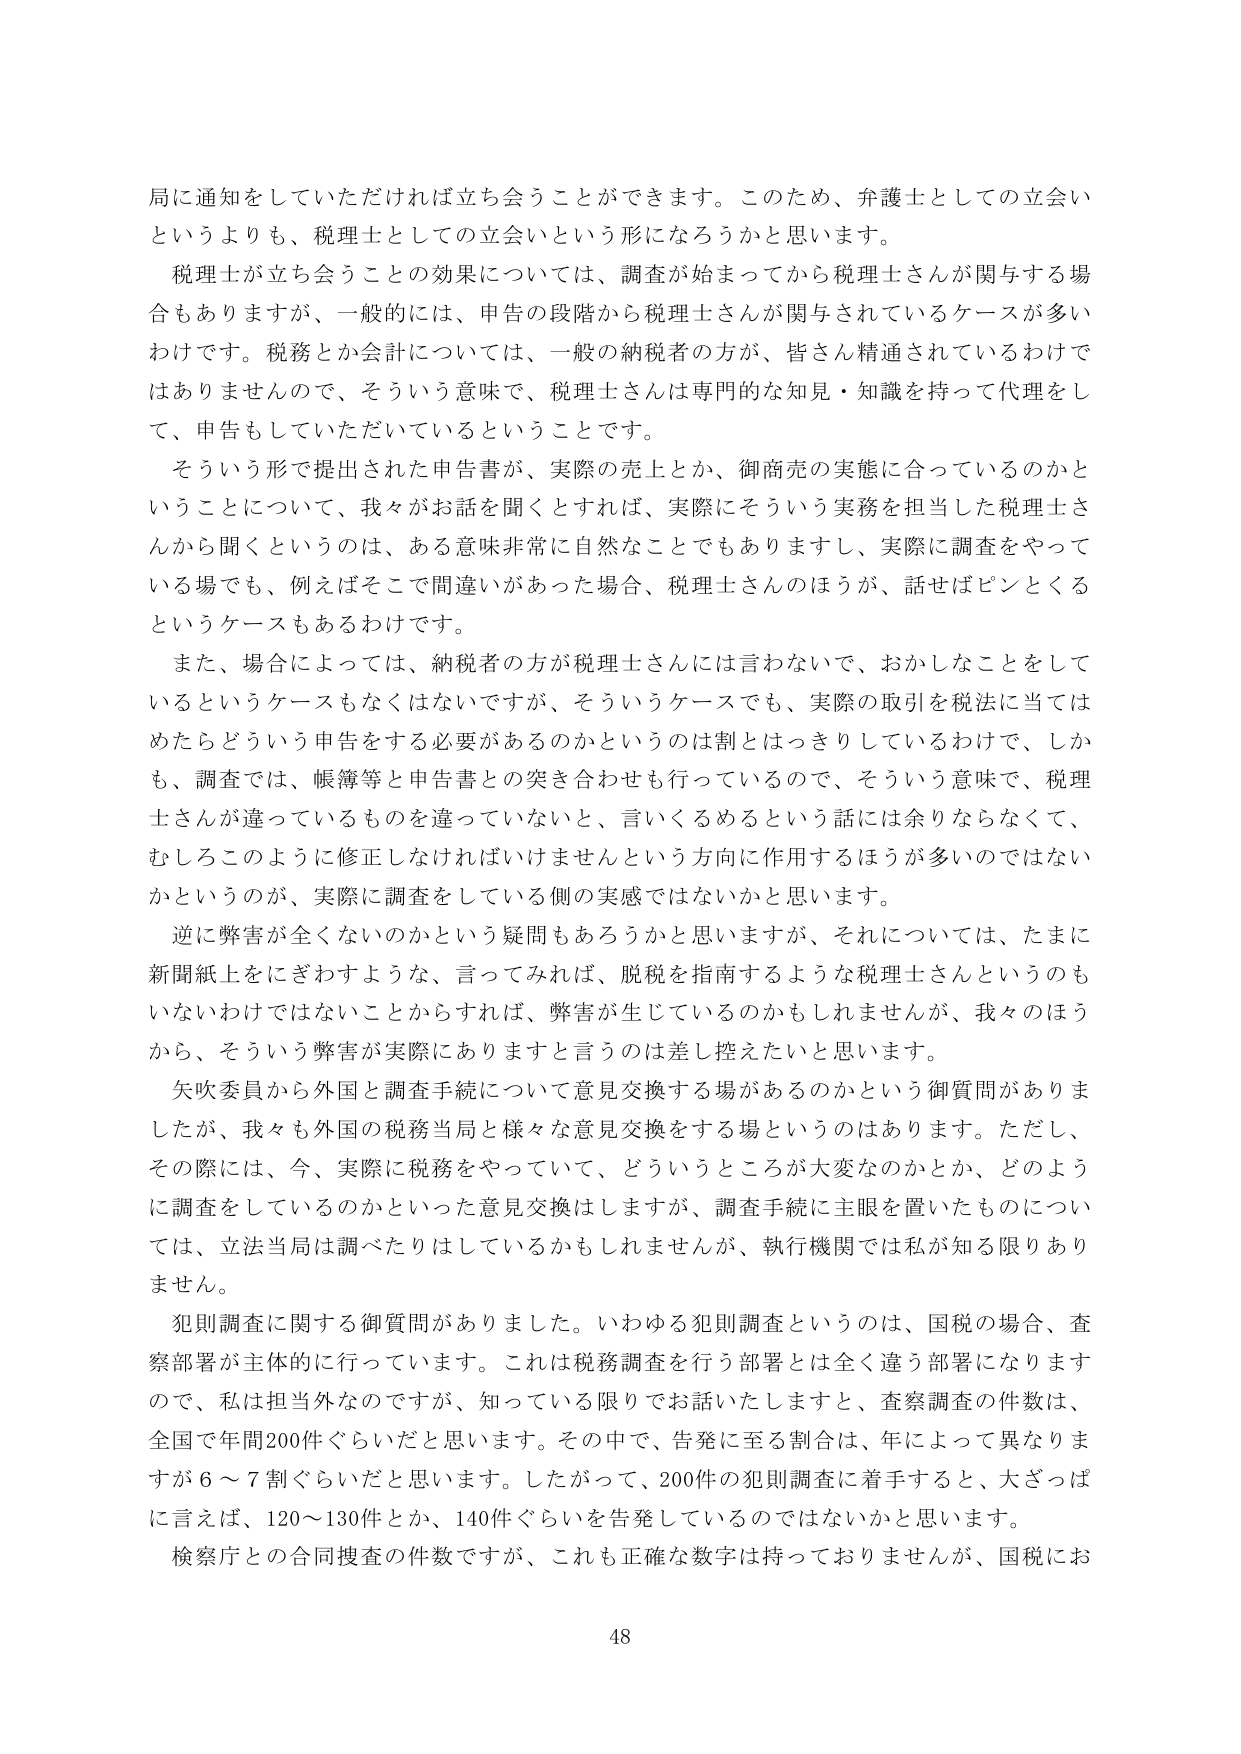
局に通知をしていただければ立ち会うことができます。このため、弁護士としての立会いというよりも、税理士としての立会いという形になろうかと思います。

税理士が立ち会うことの効果については、調査が始まってから税理士さんが関与する場合もありますが、一般的には、申告の段階から税理士さんが関与されているケースが多いわけです。税務とか会計については、一般の納税者の方が、皆さん精通されているわけではありませんので、そういう意味で、税理士さんは専門的な知見・知識を持って代理をして、申告もしていただいているということです。

そういう形で提出された申告書が、実際の売上とか、御商売の実態に合っているのかということについて、我々がお話を聞くとすれば、実際にそういう実務を担当した税理士さんから聞くというのは、ある意味非常に自然なことでもありますし、実際に調査をやっている場でも、例えばそこで間違いがあった場合、税理士さんのほうが、話せばピンとくるというケースもあるわけです。

また、場合によっては、納税者の方が税理士さんには言わないで、おかしなことをしているというケースもなくはないですが、そういうケースでも、実際の取引を税法に当てはめたらどういう申告をする必要があるのかというのは割とっきりしているわけで、しかも、調査では、帳簿等と申告書との突き合わせも行っているので、そういう意味で、税理士さんが違っているものを違っていないと、言いくるめるという話には余りならなくて、むしろこのように修正しなければいけませんという方向に作用するほうが多くのではないかというのが、実際に調査をしている側の実感ではないかと思います。

逆に弊害が全くないのかという疑問もあろうかと思いますが、それについては、たまに新聞紙上をにぎわすような、言ってみれば、脱税を指南するような税理士さんというものいないわけではないことからすれば、弊害が生じているのかもしれませんがあ、我々のほうから、そういう弊害が実際にありますと言うのは差し控えたいと思います。

矢吹委員から外国と調査手続について意見交換する場があるのかという御質問がありましたが、我々も外国の税務当局と様々な意見交換をする場というのはあります。ただし、その際には、今、実際に税務をやっていて、どういうところが大変なのかとか、どのように調査をしているのかといった意見交換はしますが、調査手続に主眼を置いたものについては、立法当局は調べたりはしているかもしれませんが、執行機関では私が知る限りありません。

犯則調査に関する御質問がありました。いわゆる犯則調査というのは、国税の場合、査察部署が主体的に行っています。これは税務調査を行う部署とは全く違う部署になりますので、私は担当外なのですが、知っている限りでお話いたしますと、査察調査の件数は、全国で年間200件ぐらいだと思います。その中で、告発に至る割合は、年によって異なりますが6～7割ぐらいだと思います。したがって、200件の犯則調査に着手すると、大ざっぱに言えば、120～130件とか、140件ぐらいを告発しているのではないかと思います。

検察庁との合同捜査の件数ですが、これも正確な数字は持っておりませんが、国税にお

48